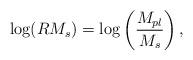
LaTeX: \begin{align*}\mbox{log} (R M_s) = \mbox{log}\left(\frac{M_{pl}}{M_s}\right),\end{align*}